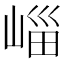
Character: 崰